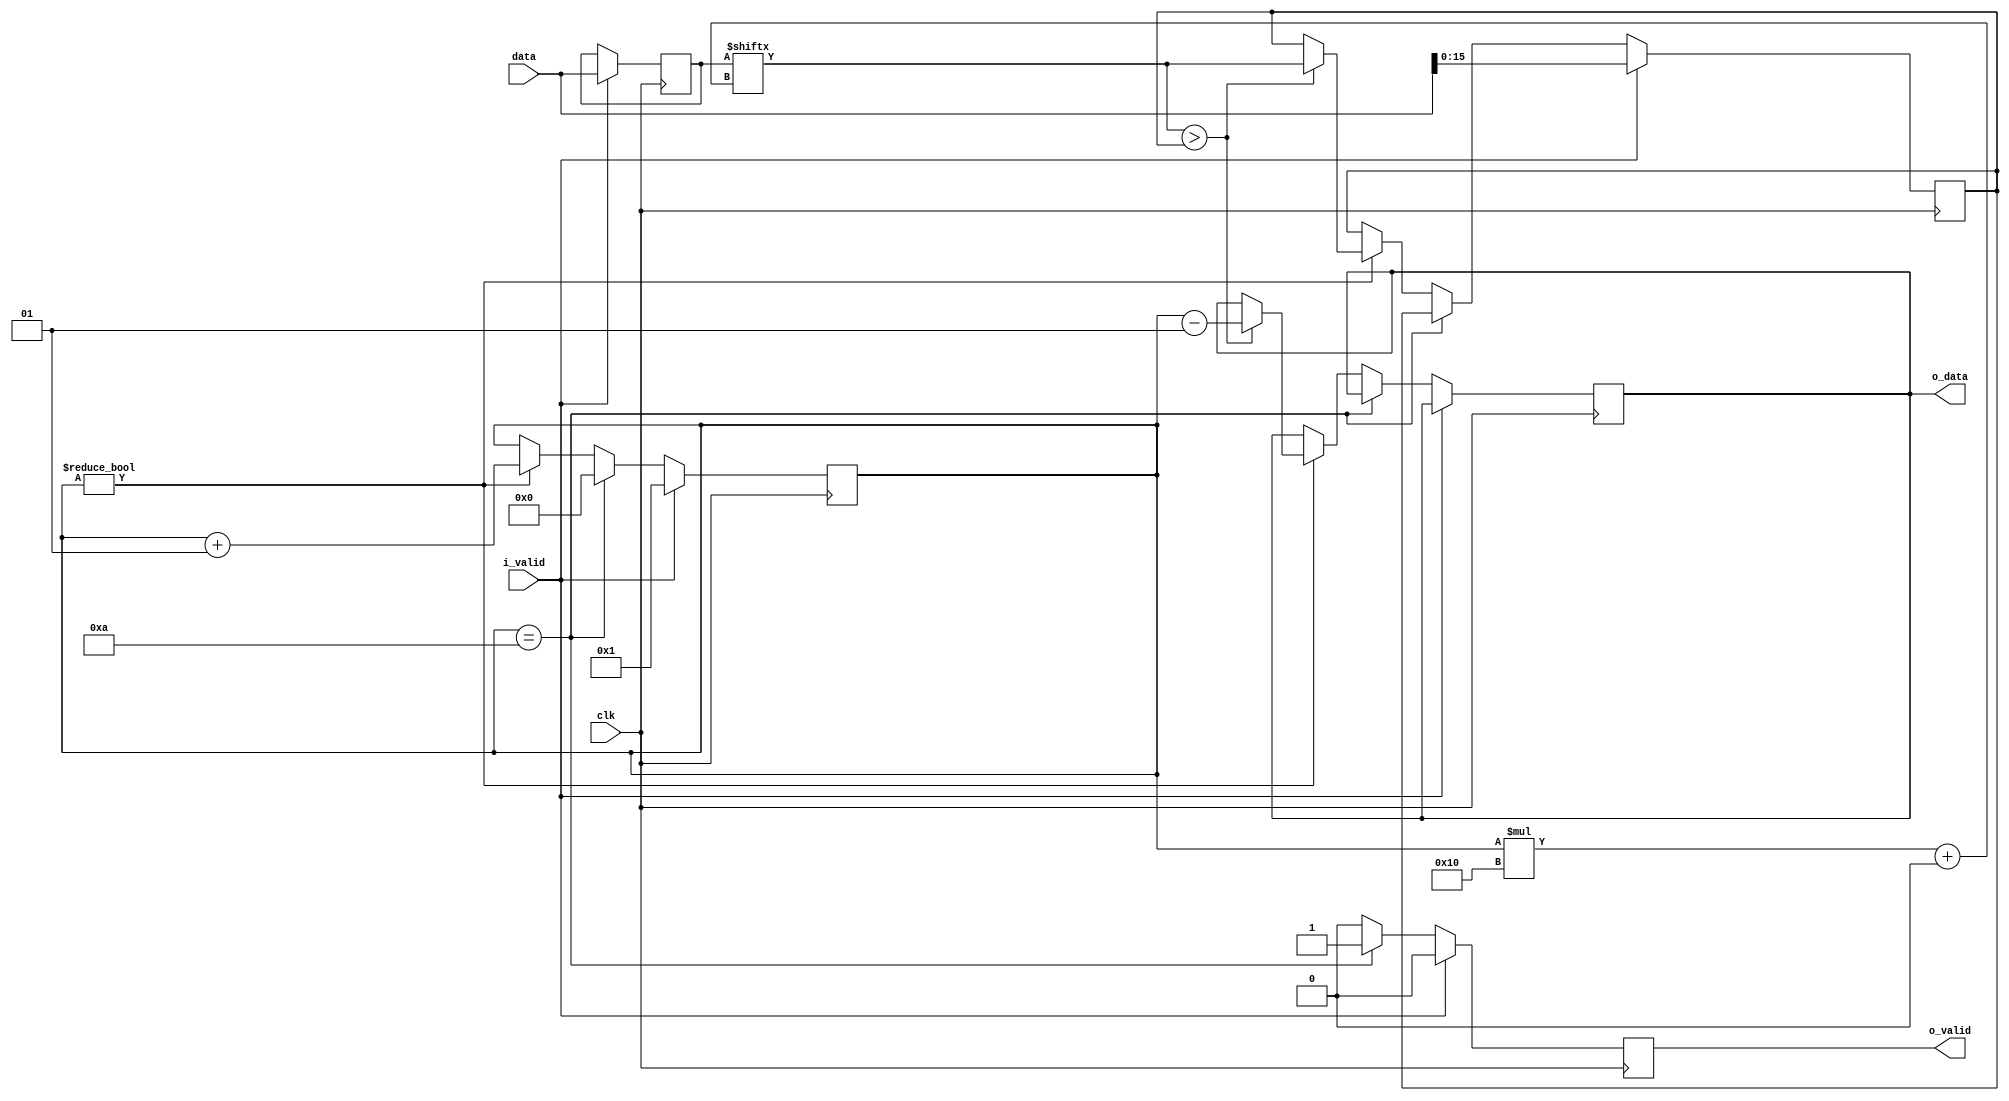
`timescale 1ns / 1ps

module max #(parameter numInput=10, inputWidth=16)
    (input clk, 
     input [numInput*inputWidth-1:0] data, 
     input i_valid,
     output reg [31:0] o_data, 
     output reg o_valid);

    reg [inputWidth-1:0] maxValue;
    reg [numInput*inputWidth-1:0] buffer;

    integer counter;

    always @(posedge clk)
    begin
        o_valid <= 1'b0;
        if(i_valid)
        begin
            maxValue <= data[inputWidth-1:0];
            counter = 1;
            buffer <= data;
        end
        else if(counter == numInput)
        begin
            counter <= 0;
            o_valid <= 1'b1;
        end
        else if(counter != 0)
        begin
            counter <= counter + 1;
            if(buffer[counter*inputWidth+:inputWidth] > maxValue)
            begin
                maxValue <= buffer[counter*inputWidth+:inputWidth];
                o_data <= counter - 1;
            end
        end
    end
endmodule